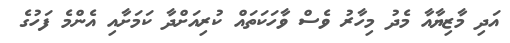
އަދި މާޒިޔާއާ މެދު މިހާރު ވެސް ވާހަކަތައް ކުރިއަށްދާ ކަމަށާއި އެންމެ ފަހުގެ